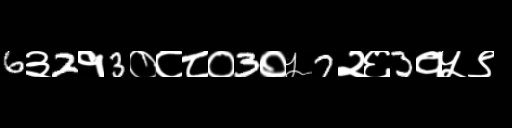
Text: 6३2१3०८८०3०५7२६3१५९